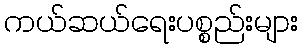
ကယ်ဆယ်ရေးပစ္စည်းများ